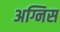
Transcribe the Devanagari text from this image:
अग्निस